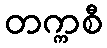
တက္ကစီ